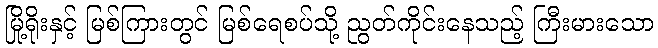
မြို့ရိုးနှင့် မြစ်ကြားတွင် မြစ်ရေစပ်သို့ ညွတ်ကိုင်းနေသည့် ကြီးမားသော